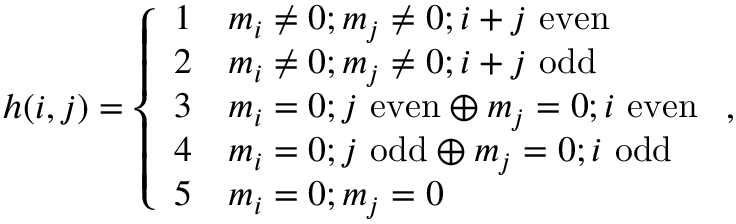
h ( i , j ) = \left\{ \begin{array} { l l } { 1 } & { m _ { i } \neq 0 ; m _ { j } \neq 0 ; i + j \mathrm { ~ e v e n } } \\ { 2 } & { m _ { i } \neq 0 ; m _ { j } \neq 0 ; i + j \mathrm { ~ o d d } } \\ { 3 } & { m _ { i } = 0 ; j \mathrm { ~ e v e n } \oplus m _ { j } = 0 ; i \mathrm { ~ e v e n } } \\ { 4 } & { m _ { i } = 0 ; j \mathrm { ~ o d d } \oplus m _ { j } = 0 ; i \mathrm { ~ o d d } } \\ { 5 } & { m _ { i } = 0 ; m _ { j } = 0 } \end{array} \right. ,